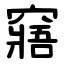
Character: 窹